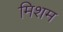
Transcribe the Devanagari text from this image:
मिशम